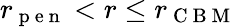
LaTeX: r_{\mathrm{~p~e~n~}}<r\leq r_{\mathrm{~C~B~M~}}